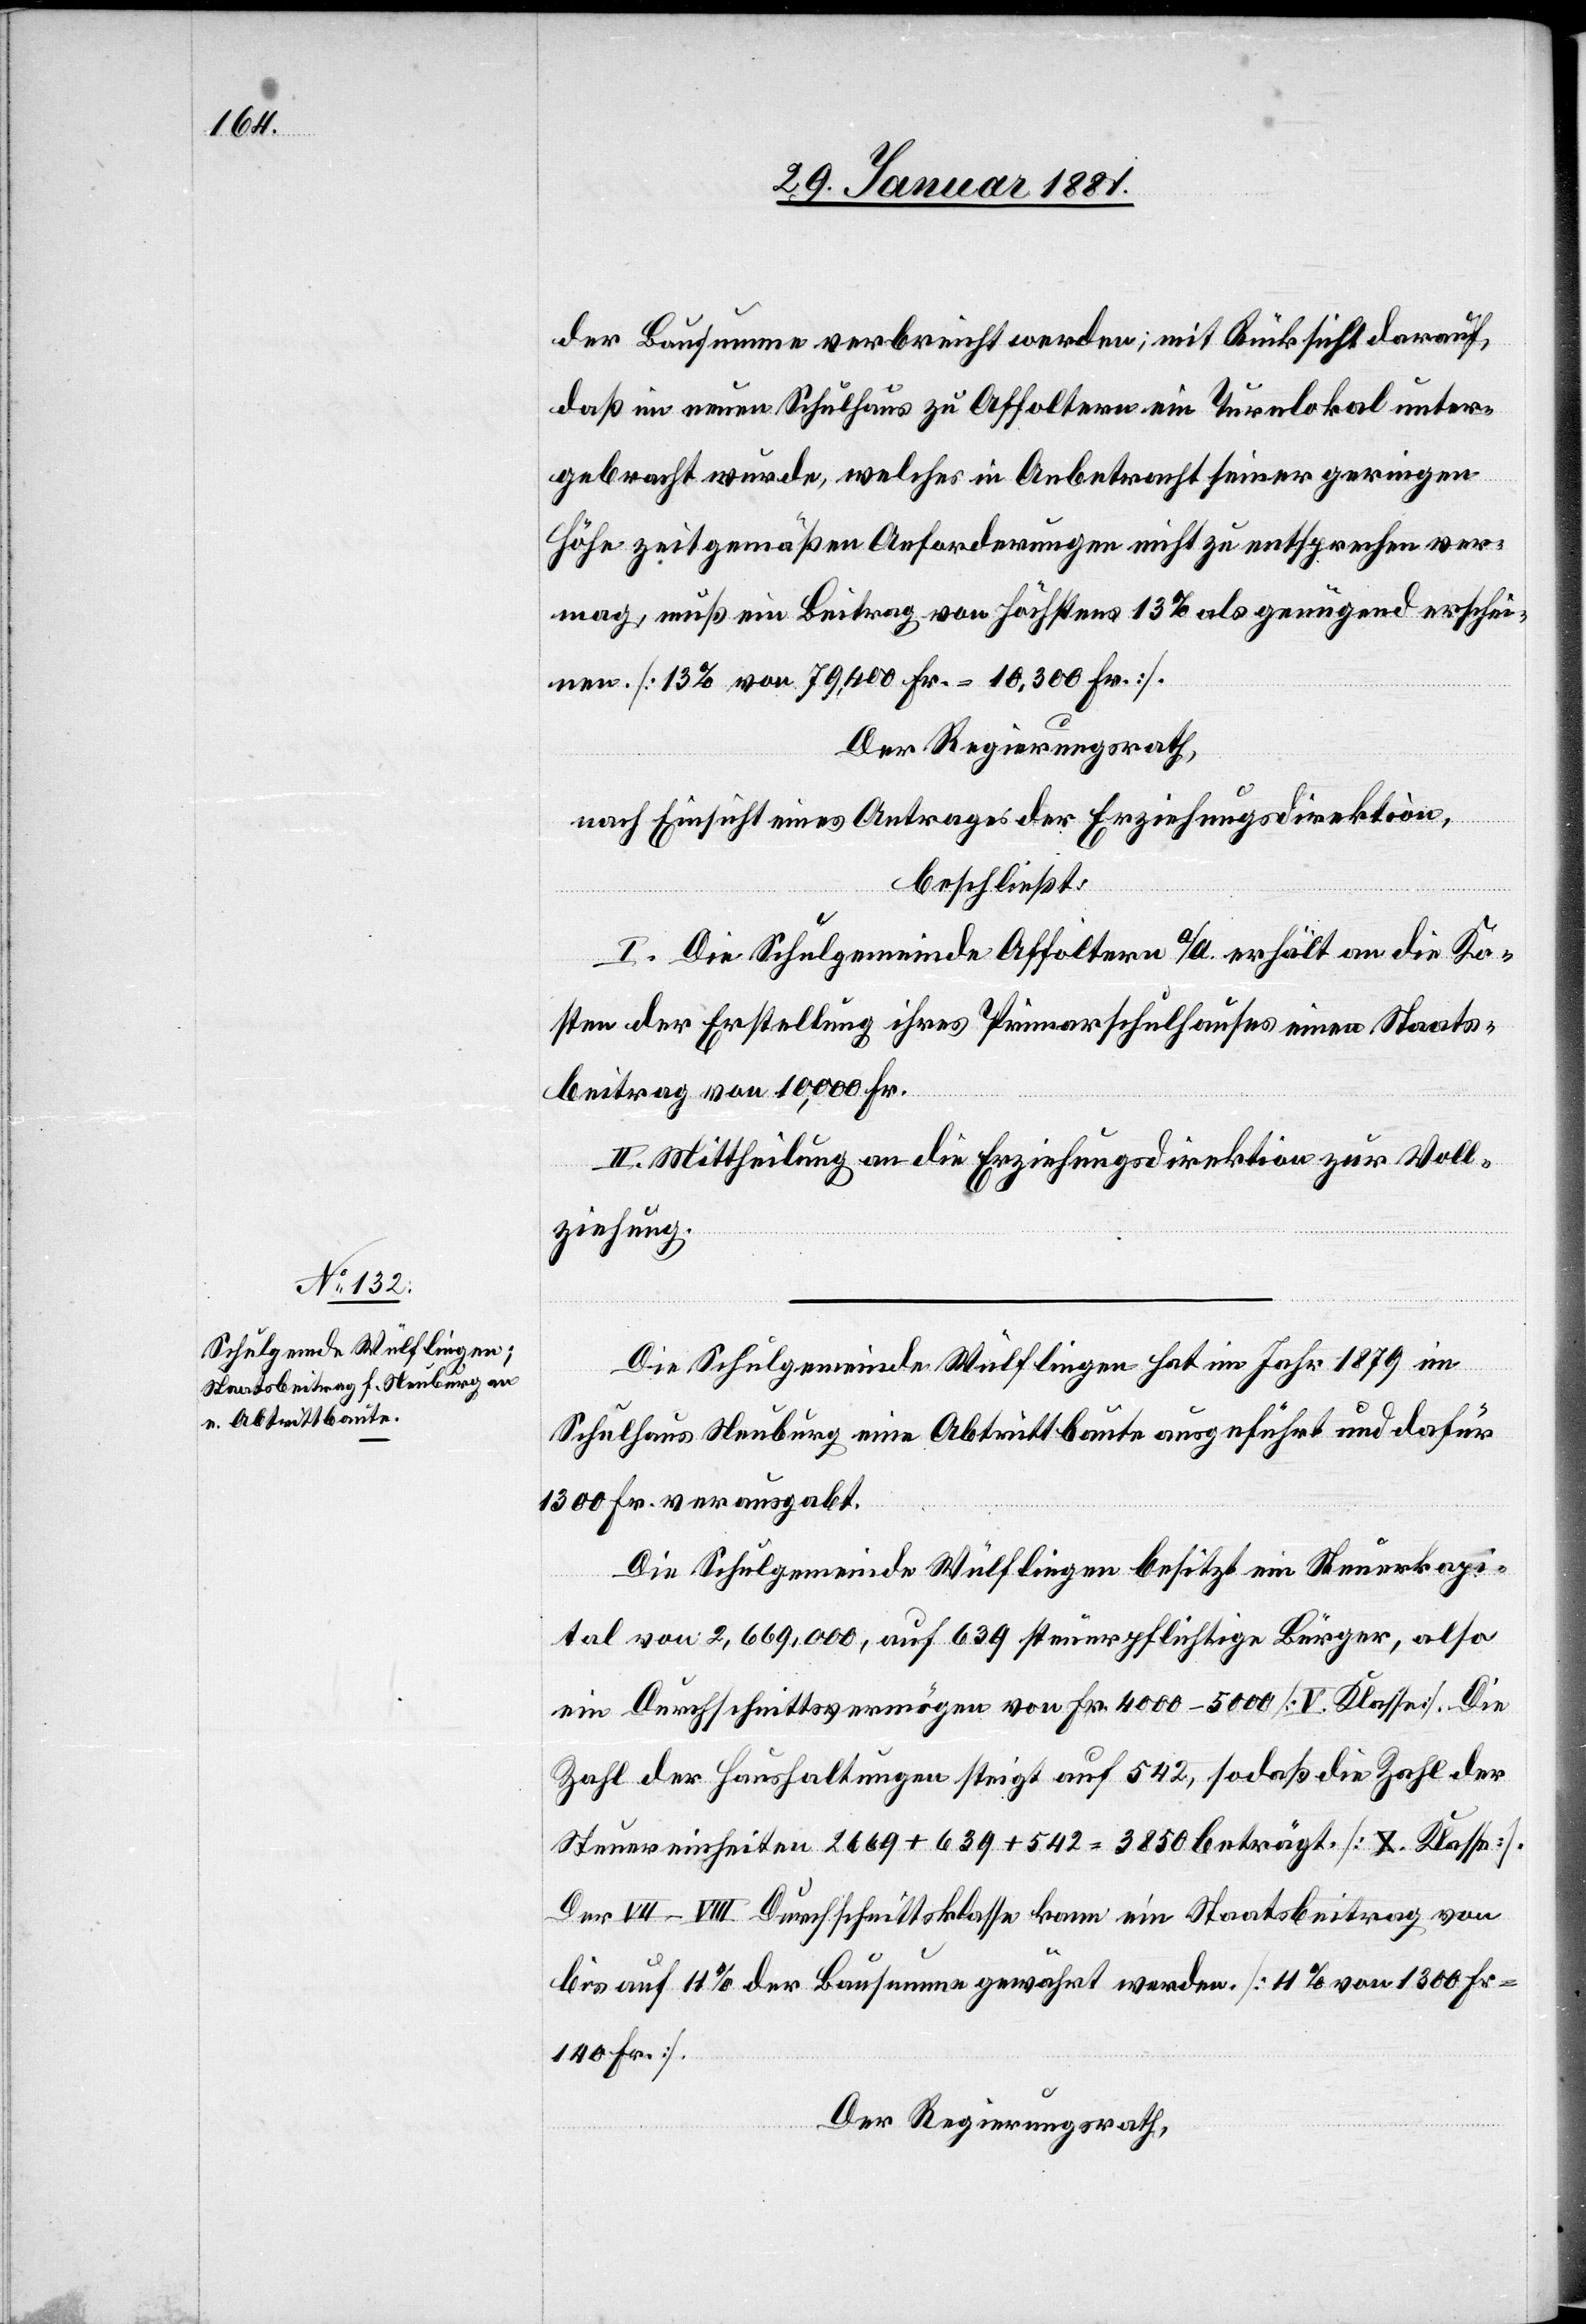
der Bausumme verabreicht werden, mit Rücksicht darauf,
daß im neuen Schulhaus zu Affoltern ein Turnlokal unter¬
gebracht wurde, welches in Anbetracht seiner geringen
Höhe zeitgemäßen Anforderungen nicht zu entsprechen ver¬
mag, muß ein Beitrag von Höchstens 13% als genügend erschei¬
nen. [13%von 79,400 Fr. = 10,300 Fr.]
Der Regierungsrath,
nach Einsicht eines Antrages der Erziehungsdirektion,
beschließt:
I. Die Schulgemeinde Affoltern a/A. erhält an die Ko¬
sten der Erstellung ihres Primarschulhauses einen Staats¬
beitrag von 10,000 Fr.
II. Mittheilung an die Erziehungsdirektion zur Voll¬
ziehung.
Die Schulgemeinde Wülflingen hat im Jahr 1879 im
Schulhaus Neuburg eine Abtrittbaute ausgeführt und dafür
130 Fr. verausgabt.
Die Schulgemeinde Wülflingen besitzt ein Steuerkapi¬
tal von 2,669,000, auf 639 steuerpflichtige Bürger, also
ein Durchschnittsvermögen von Fr. 4000–5000 [V. Klasse]. Die
Zahl der Haushaltungen steigt auf 542, sodaß die Zahl der
Steuereinheiten 2669 + 639 + 542 = 3850 beträgt. [X. Klasse].
Der VII–VIII Durchschnittsklasse kann ein Staatsbeitrag von
bis auf11% der Bausumme gewährt werden [11% von 1300 Fr.
140 Fr.].
Der Regierungsrath,